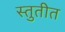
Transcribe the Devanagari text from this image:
स्तुतीत